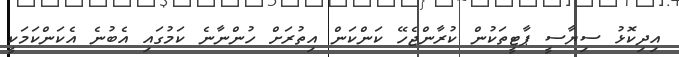
އިދިކޮޅު ސިޔާސީ ޕާޓީތަކުން ކުރާންޖެހޭ ކަންކަން އިތުރަށް ހުންނާނެ ކަމުގައި އެބުނެ އެކަންކަމަކީ